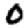
Digit: 0